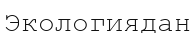
Экологиядан